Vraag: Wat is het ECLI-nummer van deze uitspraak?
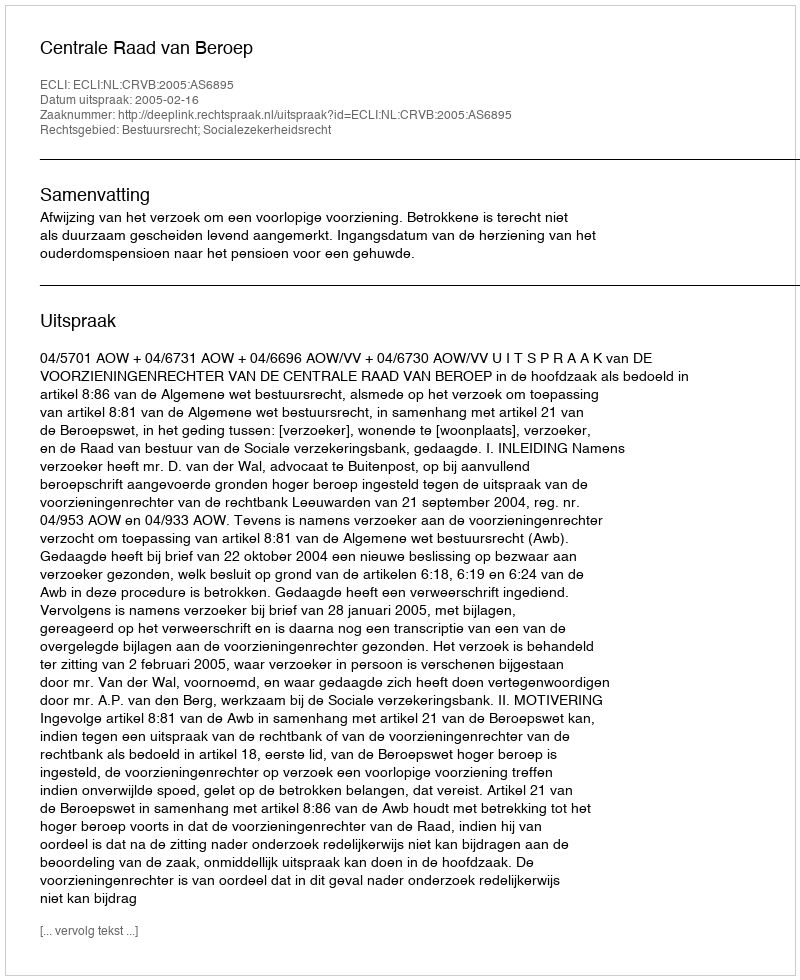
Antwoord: ECLI:NL:CRVB:2005:AS6895